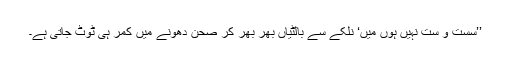
’’سست و ست نہیں ہوں میں‘ نلکے سے بالٹیاں بھر بھر کر صحن دھونے میں کمر ہی ٹوٹ جاتی ہے۔